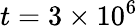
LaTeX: t=3\times 10^{6}